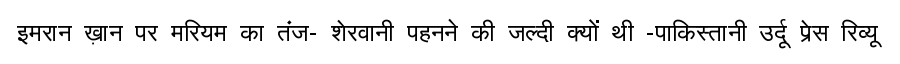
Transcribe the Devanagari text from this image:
इमरान ख़ान पर मरियम का तंज- शेरवानी पहनने की जल्दी क्यों थी -पाकिस्तानी उर्दू प्रेस रिव्यू